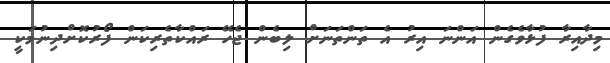
މިދާއިރާ ފުޅާވެގެން އަންނަ އިރު އެ ތަންތަނަށް ލިބެން ޖެހޭ ރައްކާތެރިކަން ފޯރުކޮށްދިނުމަކީ